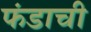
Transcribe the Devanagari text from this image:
फंडाची